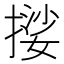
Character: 𭢃